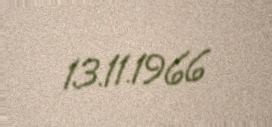
13.11.1966